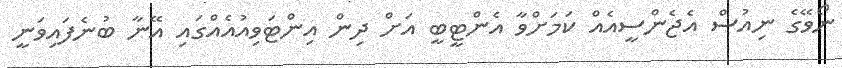
ނޯވޭގެ ނިއުސް އެޖެންސީއެއް ކަމަށްވާ އެންޓީބީ އަށް ދިން އިންޓަވިއުއެއްގައި އޭނާ ބުނެފައިވަނީ